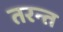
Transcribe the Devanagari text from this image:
तरन्त